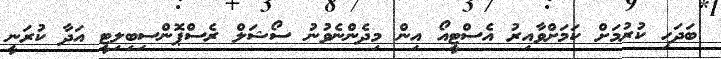
ބަދަހި ކުރުމަށް ކަމަށްވާއިރު އެސްޓީއޯ އިން މިދެންނެވުނު ސޯޝަލް ރެސްޕޮންސިބިލިޓީ އަދާ ކުރަނީ